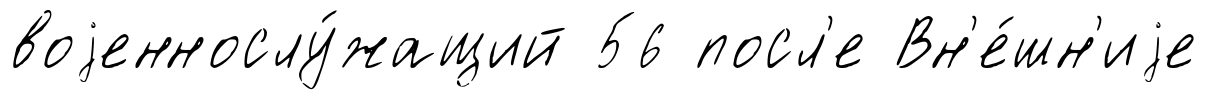
воjеннослу́жащий 56 посл'е Вн'е́шн'иjе